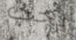
يجب